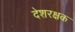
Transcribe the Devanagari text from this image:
देशरक्षक